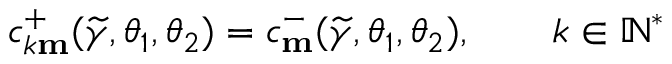
c _ { k \mathbf { m } } ^ { + } ( \widetilde { \gamma } , \theta _ { 1 } , \theta _ { 2 } ) = c _ { \mathbf { m } } ^ { - } ( \widetilde { \gamma } , \theta _ { 1 } , \theta _ { 2 } ) , \qquad k \in \mathbb { N } ^ { * }